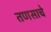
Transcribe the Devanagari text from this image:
तणसाचे